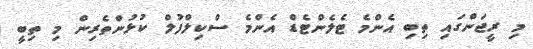
މި ރީޖަންގައި ތިބި އެންމެ ޓެލެންޓެޑް އެންމެ ސްކިލްފުލް ކުޅުންތެރިން މި ތިބީ